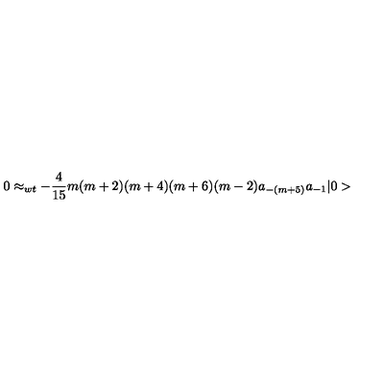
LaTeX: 0 \approx _ { w t } - \frac { 4 } { 1 5 } m ( m + 2 ) ( m + 4 ) ( m + 6 ) ( m - 2 ) a _ { - ( m + 5 ) } a _ { - 1 } \vert 0 >